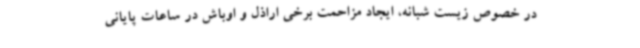
در خصوص زیست شبانه، ایجاد مزاحمت برخی اراذل و اوباش در ساعات پایانی